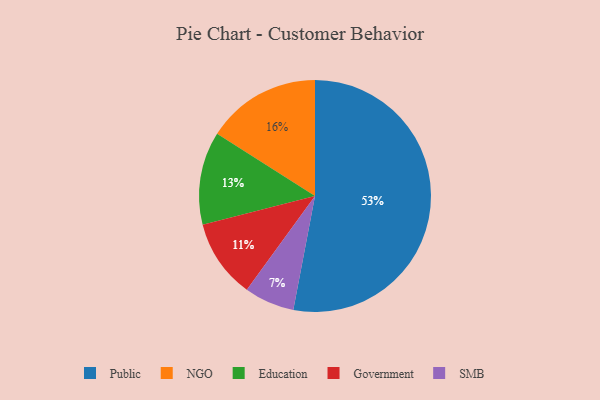
{"axis": {"x": "Category", "y": "Percentage"}, "legend": ["Education", "Government", "NGO", "Public", "SMB"], "data": [{"x": "Government", "y": 11, "type": "Government"}, {"x": "Public", "y": 53, "type": "Public"}, {"x": "NGO", "y": 16, "type": "NGO"}, {"x": "SMB", "y": 7, "type": "SMB"}, {"x": "Education", "y": 13, "type": "Education"}]}